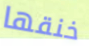
خنقها